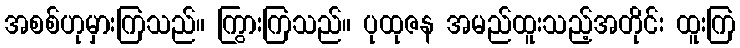
အစစ်ဟုမှားကြသည်။ ကြွားကြသည်။ ပုထုဇန အမည်ထူးသည့်အတိုင်း ထူးကြ